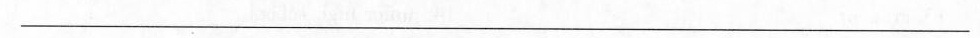
___